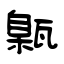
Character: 甈